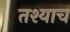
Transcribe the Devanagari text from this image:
तश्याच